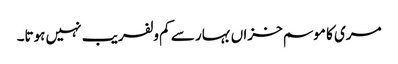
مری کا موسم خزاں بہار سے کم ولفریب نہیں ہوتا۔